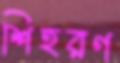
শিহরণ